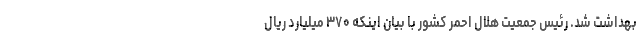
بهداشت شد. رئیس جمعیت هلال احمر کشور با بیان اینکه ۳۷۰ میلیارد ریال